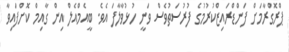
ޕްރޮގްރާމަށް ފަންޑްރައިޒްކުރުމުގެ ފުރުސަތުވެސް ވަނީ ހުޅުވާލާފަ އެވެ. ބީއެމްއެލް އިން ގާއިމް ކޮށްފައިވާ